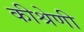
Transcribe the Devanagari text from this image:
कीश्रेणी